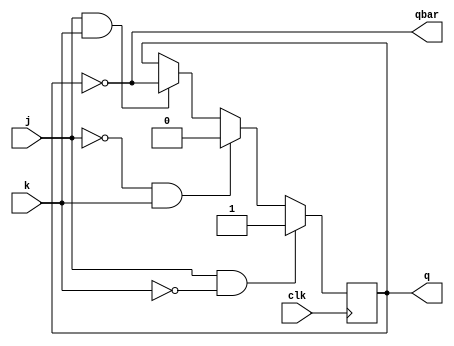
module JK_FF(input j, k, clk, output reg q, output wire qbar);
    always @(posedge clk)
    begin
        if (j && !k)
            q <= 1'b1;
        else if (!j && k)
            q <= 1'b0;
        else if (j && k)
            q <= ~q;
    end
    assign qbar = ~q;
endmodule

module ring_and_Johnson_counter(input mode, load, clk, input [4:0] data, output [4:0] RingOut, JhonsonOut);
    reg [4:0] d;
    wire [4:0] dbar;
    wire [4:0] d_out; // New wire type variables

    JK_FF J0(d[0], dbar[0], clk, d_out[0], dbar[0]);
    JK_FF J1(d[1], dbar[1], clk, d_out[1], dbar[1]);
    JK_FF J2(d[2], dbar[2], clk, d_out[2], dbar[2]);
    JK_FF J3(d[3], dbar[3], clk, d_out[3], dbar[3]);
    JK_FF J4(d[4], dbar[4], clk, d_out[4], dbar[4]);
    
    always @(negedge clk,posedge load)
    begin
        if (load)
            d <= data;
        else if (mode) // Johnson counter
        // mod 10 counter
            d <= {d_out[3],d_out[2],d_out[1],d_out[0],dbar[4]};
        else // Ring counter
        // mod 5 counter
            d <= {d_out[3],d_out[2],d_out[1],d_out[0],d_out[4]};
    end

    assign RingOut = (mode) ? 5'b0 : d;
    assign JhonsonOut = (mode) ? d : 5'b0;
endmodule